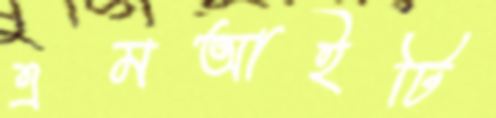
এমআইটি